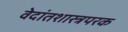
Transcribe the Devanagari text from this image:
वेदांतशास्त्रपरक